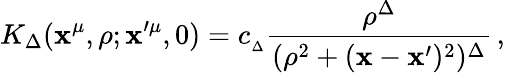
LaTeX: K_{\Delta}(\mathbf{x}^{\mu},\rho;\mathbf{x}^{\prime\mu},0)=c_{_{\Delta}}{\frac{{\rho^{\Delta}}}{{(\rho^{2}+(\mathbf{x}-\mathbf{x}^{\prime})^{2})^{\Delta}}}}\, ,